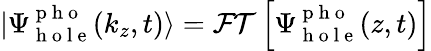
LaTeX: |\Psi_{\mathrm{~h~o~l~e~}}^{\mathrm{~p~h~o~}}(k_{z},t)\rangle=\mathcal{FT}\left[\Psi_{\mathrm{~h~o~l~e~}}^{\mathrm{~p~h~o~}}(z,t)\right]